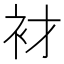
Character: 𲀦